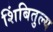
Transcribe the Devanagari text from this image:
शिंबितुल्य